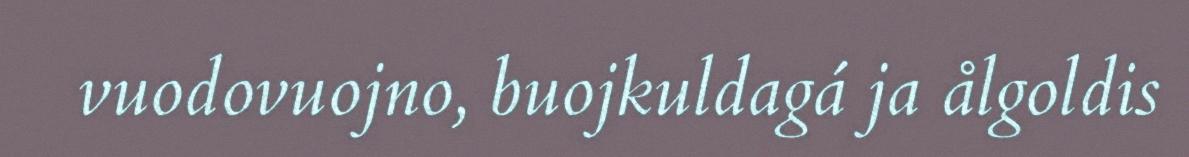
vuodovuojno, buojkuldagá ja ålgoldis